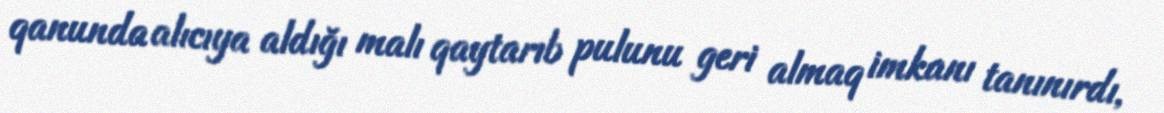
qanunda alıcıya aldığı malı qaytarıb pulunu geri almaq imkanı tanınırdı,